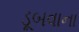
ડૂબવાના